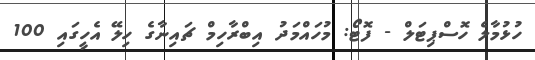
ހުޅުމާލެ ހޮސްޕިޓަލް - ފޮޓޯ: މުހައްމަދު އިބްރާހިމް ޗައިނާގެ ހިލޭ އެހީގައި 100